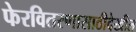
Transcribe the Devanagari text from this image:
फेरवितरणासाठीदेखील